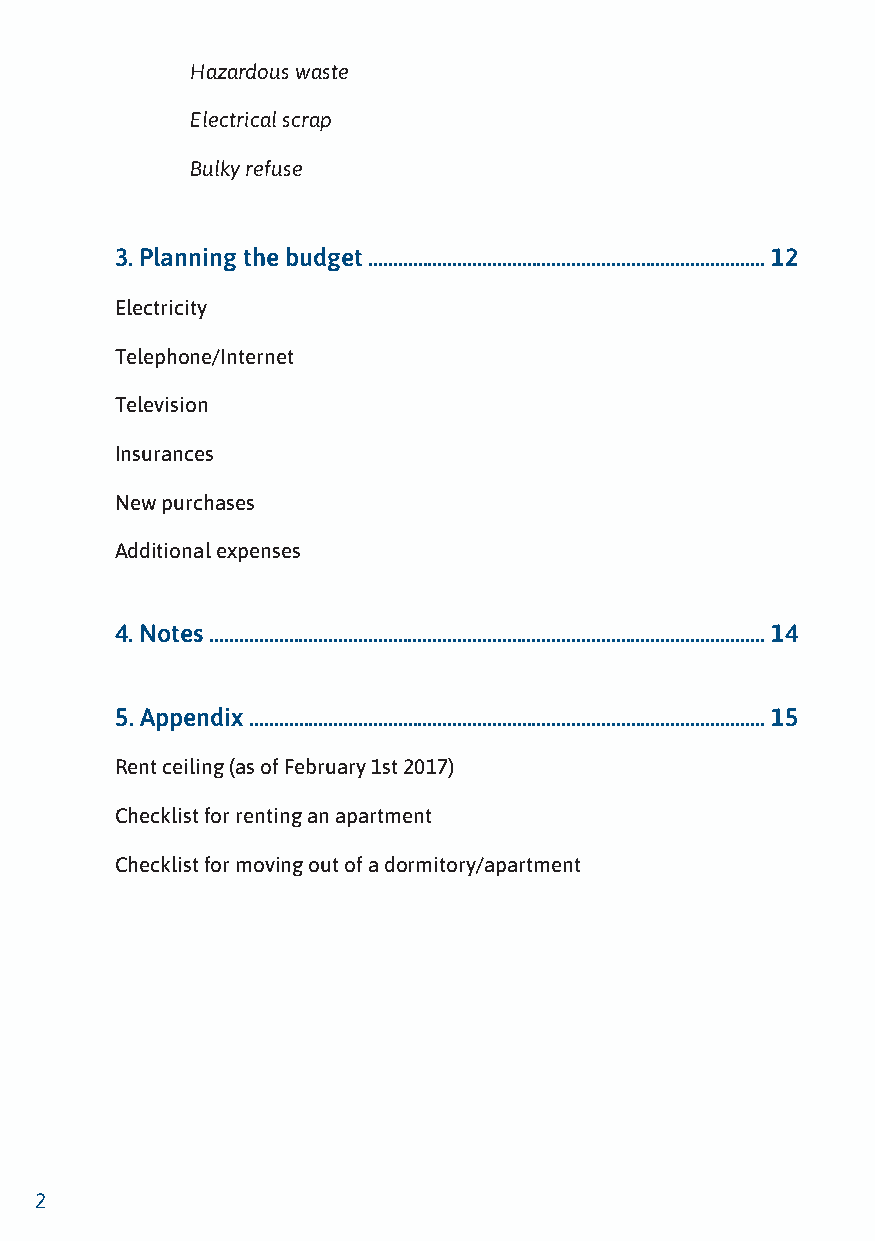
Hazardous waste
 Electrical scrap
 Bulky refuse
 3. Planning the budget ................................................................................ 12
 Electricity
 Telephone/Internet
 Television
 Insurances
 New purchases
 Additional expenses
 4. Notes ................................................................................................................ 14
 5. Appendix ........................................................................................................ 15
 Rent ceiling (as of February 1st 2017)
 Checklist for renting an apartment
 Checklist for moving out of a dormitory/apartment
 2